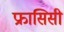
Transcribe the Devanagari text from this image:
फ्रासिसी